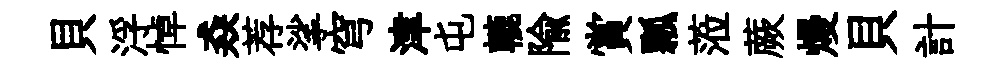
貝浮悼猋荐挲穹津屯轆隃賞瓢蒞蕨熳貝計